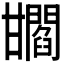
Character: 𤯐